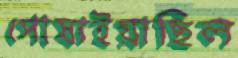
পোষাইয়াছিল